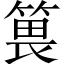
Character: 𥯜